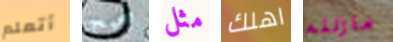
أتعلم صحيح مثل اهلك مازلتم